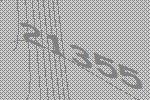
21355